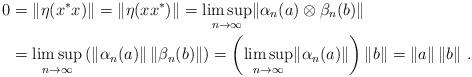
LaTeX: \begin{align*}0 &= \lVert \eta(x^*x) \rVert = \lVert \eta(xx^*) \rVert = \limsup_{n \to \infty} \lVert \alpha_n(a) \otimes \beta_n(b) \rVert \\&= \limsup_{n \to \infty} \left(\lVert \alpha_n(a) \rVert\,\lVert \beta_n(b) \rVert\right) = \left(\limsup_{n \to \infty}\lVert \alpha_n(a) \rVert\right) \lVert b \rVert = \lVert a \rVert\,\lVert b \rVert\ .\end{align*}